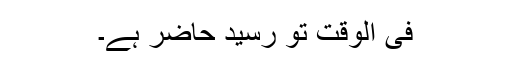
فی الوقت تو رسید حاضر ہے۔